Report on sanitation, dispensaries, and jails in Rajputana for 1915, and on vaccination for the year 1915-1916 - 1915-1916
Year: 1915
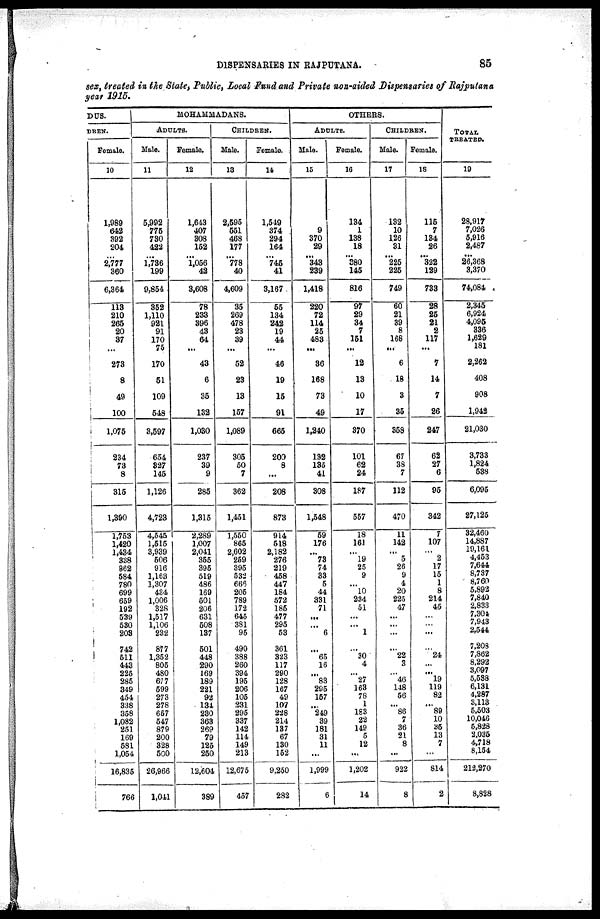
DISPENSARIES IN RAJPUTANA.
85
sex, treated in the State, Public, Local Fund and Private non-aided Dispensaries of Rajputana
year 1915.
DUS.
DREN.
Female.
10
1,989
642
392
204
...
2,777
360
6,364
113
210
265
20
37
...
273
8
49
100
1,076
234
73
8
315
1,390
1,753
1,420
1,434
338
862
584
780
699
659
192
539
530
203
742
511
443
225
285
349
454
338
358
1,082
251
169
581
1,054
16,835
766
MOHAMMADANS.
ADULTS.
Male.
11
5,992
775
730
422
...
1,736
199
9,854
352
1,110
921
91
170
75
170
51
109
548
3,597
654
327
145
1,126
4,723
4,545
1,515
3,939
506
916
1,163
1,307
434
1,006
328
1,517
1,106
232
877
1,352
805
480
677
599
273
278
657
547
879
200
328
500
20,966
1,041
Female.
12
1,643
407
308
152
...
1,056
42
3,608
78
233
396
43
64
...
43
6
35
132
1,030
237
39
9
285
1,315
2,289
1,007
2,041
355
395
519
486
169
501
206
631
508
137
501
448
290
169
189
221
92
134
230
363
269
79
125
250
12,604
389
CHILDREN.
Male.
13
2,595
551
468
177
...
778
40
4,609
35
269
478
23
39
...
52
23
13
157
1,089
305
50
7
362
1,451
1,550
865
2,602
259
395
532
666
205
789
172
645
381
95
490
388
260
394
195
206
105
231
295
337
142
114
149
213
12,675
457
Female.
14
1,549
374
294
164
...
745
41
3,167
55
134
242
19
44
...
46
19
15
91
665
200
8
...
208
873
914
518
2,182
276
219
458
447
184
572
185
477
295
53
361
323
117
290
128
167
49
107
228
214
137
67
130
152
9,250
282
OTHERS.
ADULTS.
Male.
15
9
370
29
...
343
239
1,418
220
72
114
25
483
...
36
168
73
49
1,240
132
135
41
308
1,548
59
176
...
73
74
33
5
44
331
71
...
...
6
...
65
16
...
83
295
167
...
249
39
181
31
11
...
1,999
6
Female.
16
134
1
138
18
...
380
145
816
97
29
34
7
151
...
12
13
10
17
370
101
62
24
187
557
18
161
...
19
25
9
...
10
234
51
...
...
1
...
30
4
... 27
163
78
1
183
22
149
5
12
...
1,202
14
CHILDREN.
Male.
17
132
10
126
31
...
225
225
749
60
21
39
8
168
...
6
18
3
35
358
67
38
7
112
470
11
142
...
5
26
9
4
20
225
47
...
...
...
...
22
3
... 46
148
56
...
86
7
36
21
8
...
922
8
Female.
18
115
7
134
26
...
322
129
733
28
25
21
2
117
...
7
14
7
26
247
62
27
6
95
342
7
107
...
2
17
16
1
8
214
45
...
...
...
...
24
...
... 19
119
82
...
89
10
35
13
7
...
814
2
TOTAL
TREATED.
19
28,917
7,026
5,916
2,487
...
26,368
3,370
74,084
2,345
6,924
4,095
336
1,629
181
2,262
408
908
1,942
21,030
3,733
1,824
538
6,095
27,125
32,460
14,887
19,161
4,453
7,644
8,737
8,760
5,892
7,840
2,833
7,304
7,943
2,544
7,208
7,862
8,292
3,097
5,538
6,131
4,287
3,113
5,503
10,046
5,828
2,035
4,718
8,154
212,270
8,828